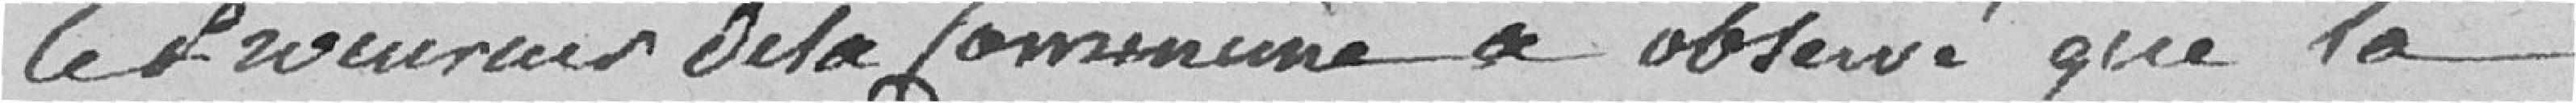
le procureur de la commune a observé que la